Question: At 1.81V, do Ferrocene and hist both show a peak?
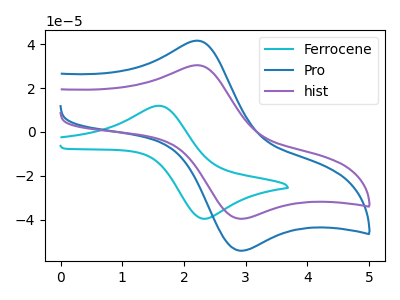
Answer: <think>The cyan curve "Ferrocene" has an anodic peak at (1.60V, 11.90uA) and a cathodic peak at (2.30V, -39.45uA). The blue curve "Pro" has an anodic peak at (2.20V, 41.55uA) and a cathodic peak at (2.90V, -54.15uA). The purple curve "hist" has an anodic peak at (2.20V, 30.40uA) and a cathodic peak at (2.90V, -39.60uA).</think>
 <answer>No, "Ferrocene" and "hist" dont share a peak at 1.81V.</answer>
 <eval>mismatch</eval>